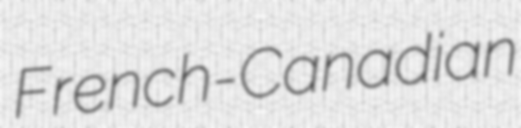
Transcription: French-Canadian